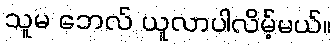
သူမ ဘေလ် ယူလာပါလိမ့်မယ်။